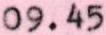
09.45